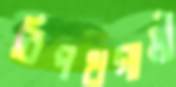
বিপথগামী